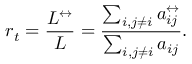
r _ { t } = \frac { L ^ { \leftrightarrow } } { L } = \frac { \sum _ { i , j \neq i } a _ { i j } ^ { \leftrightarrow } } { \sum _ { i , j \neq i } a _ { i j } } .